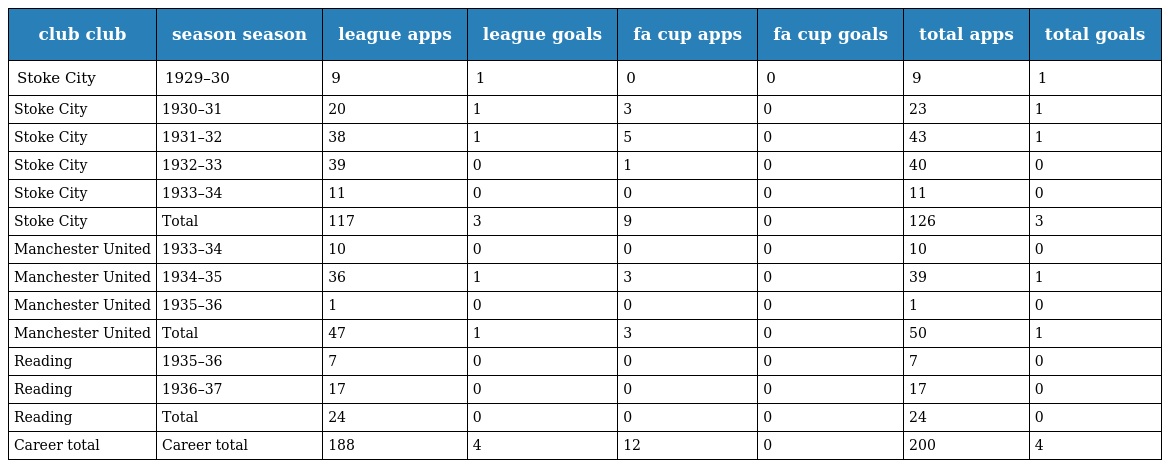
| club club | season season | league apps | league goals | fa cup apps | fa cup goals | total apps | total goals |
 | --- | --- | --- | --- | --- | --- | --- | --- |
 | Stoke City | 1929–30 | 9 | 1 | 0 | 0 | 9 | 1 |
 | Stoke City | 1930–31 | 20 | 1 | 3 | 0 | 23 | 1 |
 | Stoke City | 1931–32 | 38 | 1 | 5 | 0 | 43 | 1 |
 | Stoke City | 1932–33 | 39 | 0 | 1 | 0 | 40 | 0 |
 | Stoke City | 1933–34 | 11 | 0 | 0 | 0 | 11 | 0 |
 | Stoke City | Total | 117 | 3 | 9 | 0 | 126 | 3 |
 | Manchester United | 1933–34 | 10 | 0 | 0 | 0 | 10 | 0 |
 | Manchester United | 1934–35 | 36 | 1 | 3 | 0 | 39 | 1 |
 | Manchester United | 1935–36 | 1 | 0 | 0 | 0 | 1 | 0 |
 | Manchester United | Total | 47 | 1 | 3 | 0 | 50 | 1 |
 | Reading | 1935–36 | 7 | 0 | 0 | 0 | 7 | 0 |
 | Reading | 1936–37 | 17 | 0 | 0 | 0 | 17 | 0 |
 | Reading | Total | 24 | 0 | 0 | 0 | 24 | 0 |
 | Career total | Career total | 188 | 4 | 12 | 0 | 200 | 4 |